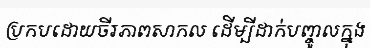
ប្រកបដោយចីរភាពសាកល ដើម្បីដាក់បញ្ចូលក្នុង